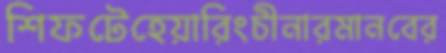
শিফটেহেয়ারিংচীনারমানবের